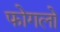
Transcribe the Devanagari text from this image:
फोगलो